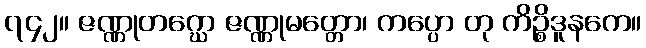
၇၄၂။ ဇဏ္ဏုတဂ္ဃော ဇဏ္ဏုမတ္တော၊ ကပ္ပော တု ကိဉ္စိဒူနကေ။